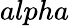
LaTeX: alpha